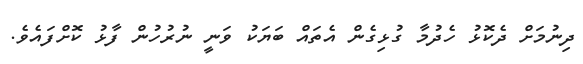
ދިނުމަށް ދެކޮޅު ހެދުމާ ގުޅިގެން އެތައް ބަޔަކު ވަނީ ނުރުހުން ފާޅު ކޮށްފައެވެ.